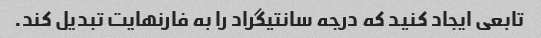
تابعی ایجاد کنید که درجه سانتیگراد را به فارنهایت تبدیل کند.